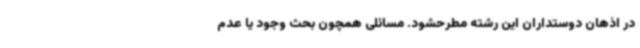
در اذهان دوستداران این رشته مطرحشود. مسائلی همچون بحث وجود یا عدم